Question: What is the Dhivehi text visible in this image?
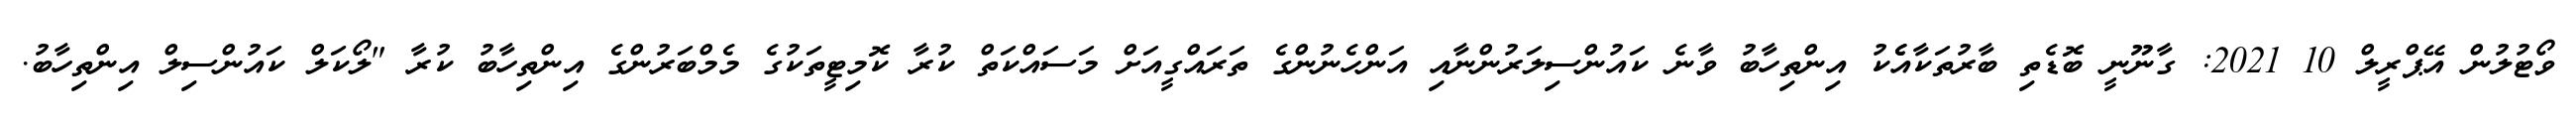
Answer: ވޯޓުލުން އޭޕްރީލް 10 2021: ގާނޫނީ ބޮޑެތި ބާރުތަކާއެެކު އިންތިހާބު ވާނެ ކައުންސިލަރުންނާއި އަންހެނުންގެ ތަރައްގީއަށް މަސައްކަތް ކުރާ ކޮމިޓީތަކުގެ މެމްބަރުންގެ އިންތިހާބު ކުރާ "ލޯކަލް ކައުންސިލް އިންތިހާބު.